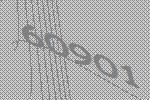
60901